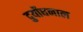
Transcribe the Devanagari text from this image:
दुर्योधनाल